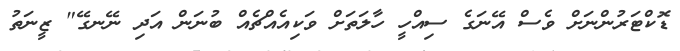
ޑޮކްޓަރުންނަށް ވެސް އޭނަގެ ސިއްހީ ހާލަތަށް ވަކިއެއްޗެއް ބުނަން އަދި ނޭނގޭ" ޒީނަތު